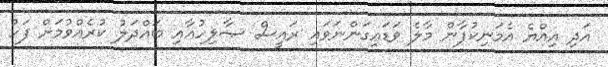
އަދި އިއްޔެ އެމަނިކުފާން މާލެ ވަޑައިގަންނަވައި ރައީސް ޞާލިހުއާއި ބައްދަލު ކުރެއްވުމަށް ފަހު